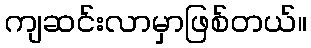
ကျဆင်းလာမှာဖြစ်တယ်။